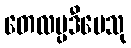
တေလပ္ပဒီပေသု